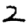
Digit: 2